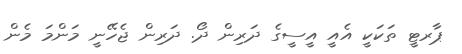
ޕާރޓީ ތަކަކީ އެއީ އީސީގެ ދަރިން ދޯ. ދަރިން ޖެހޭނީ މަންމަ މެން